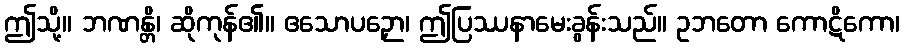
ဤသို့။ ဘဏန္တိ၊ ဆိုကုန်၏။ ဧသောပဉှော၊ ဤပြဿနာမေးခွန်းသည်။ ဥဘတော ကောဋိကော၊